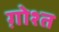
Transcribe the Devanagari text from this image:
ग़ोश्त